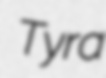
Tyra